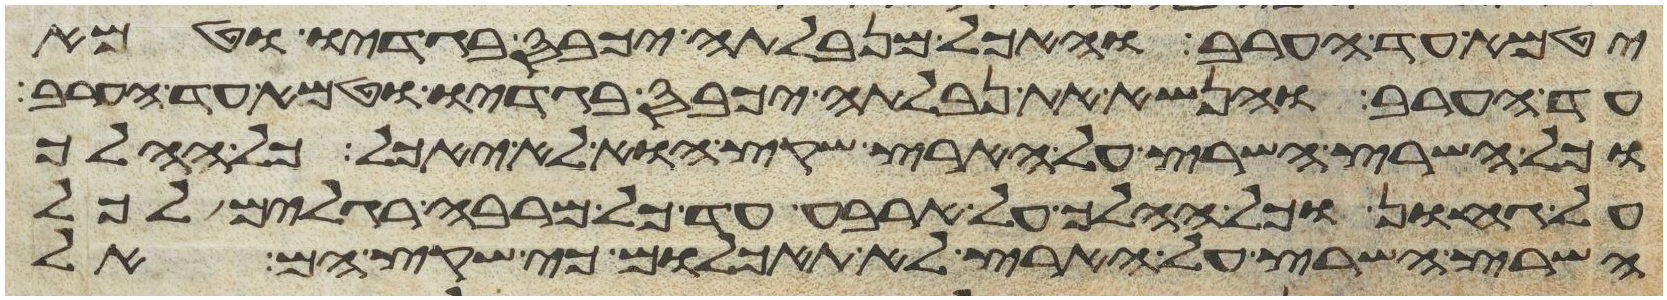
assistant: יטמא עד הערב והאכל מנבלתה יכבס בגדיו וטמא
עד הערב והנשא את נבלתה יכבס בגדיו וטמא עד הערב
וכל השרץ השרץ על הארץ שקץ הוא לא יאכל כל ההלך
על גחון וכל ההלך על ארבע עד כל מרבה רגלים לכל
השרץ השרץ על הארץ לא תאכלום כי שקץ הם אל